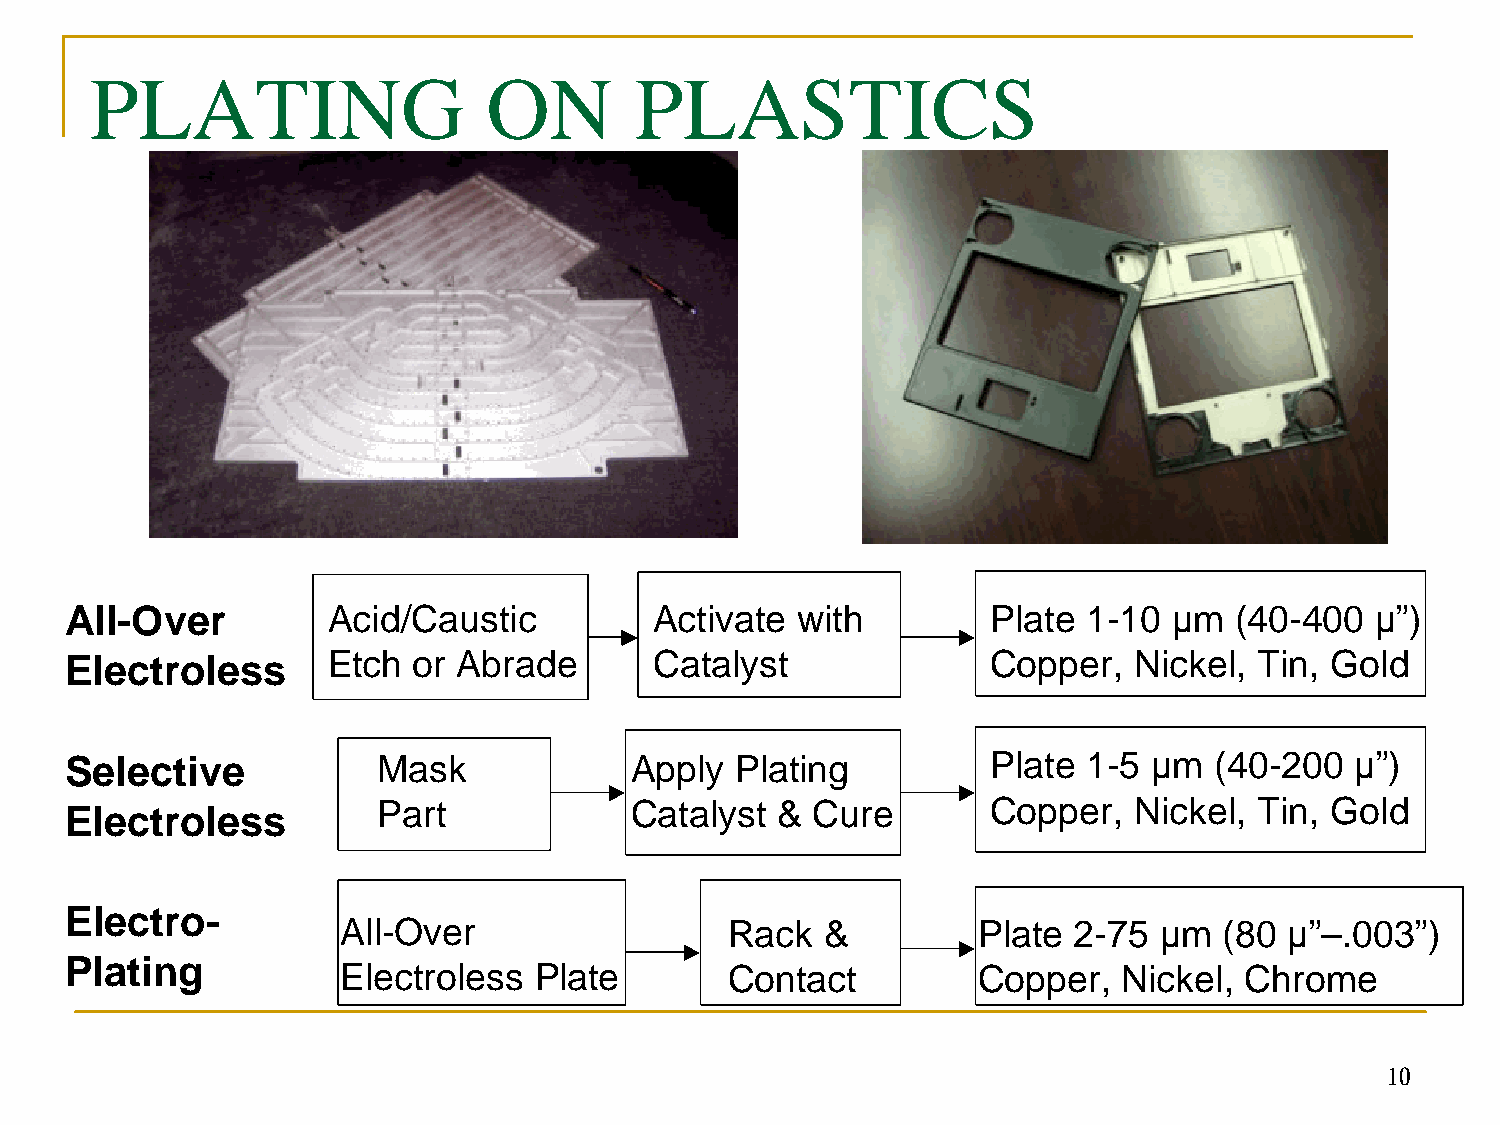
PLATING                   ON        PLASTICS
 All-Over          Acid/Caustic         Activate  with         Plate 1-10  µm  (40-400  µ”)
 Electroless       Etch or Abrade       Catalyst               Copper,  Nickel, Tin, Gold
 Selective            Mask             Apply  Plating          Plate 1-5 µm  (40-200   µ”)
 Electroless          Part             Catalyst &  Cure        Copper,  Nickel, Tin, Gold
 Electro-
 All-Over                  Rack   &         Plate 2-75  µm  (80 µ”–.003”)
 Plating
 Electroless  Plate        Contact          Copper,  Nickel, Chrome
 10